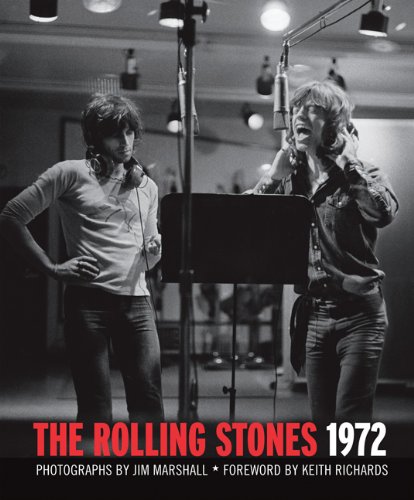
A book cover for The Rolling Stones 1972; Arts & Photography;